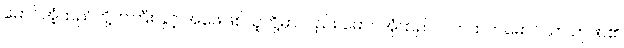
မောင်အံ့ထည်တို့ဘကြီး နှင့် အဖေဖြစ်သူတို့မှာလည်း မောင်အုံထည်လက်ထဲကမောင်သာ ဉာဏ်၏